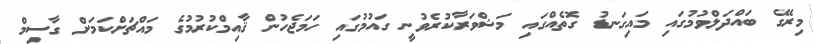
މިރޭގެ ބައްދަލްވުމުގައި މައިގަނޑު ގޮތެއްގައި މަޝްވަރާކުރެވުނީ ގައުމުގައި ހަމަޖެހުން ޤާއިމްކުރުމުގެ މައްޗަށްކަމަށް ގާސިމް